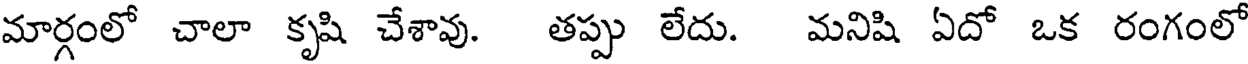
మార్గంలో చాలా కృషి చేశావు. తప్పు లేదు. మనిషి ఏదో ఒక రంగంలో